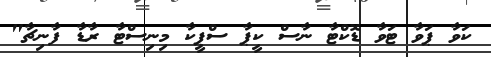
ކަވާ ޕަވާ ޓަވާ ޑޮކްޓާ ނާސް ކީޕާ ސްޕީކާ މިނިސްޓާ ރާޑާ ފާނިޗާ"